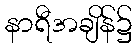
နာရီအချိန်၌